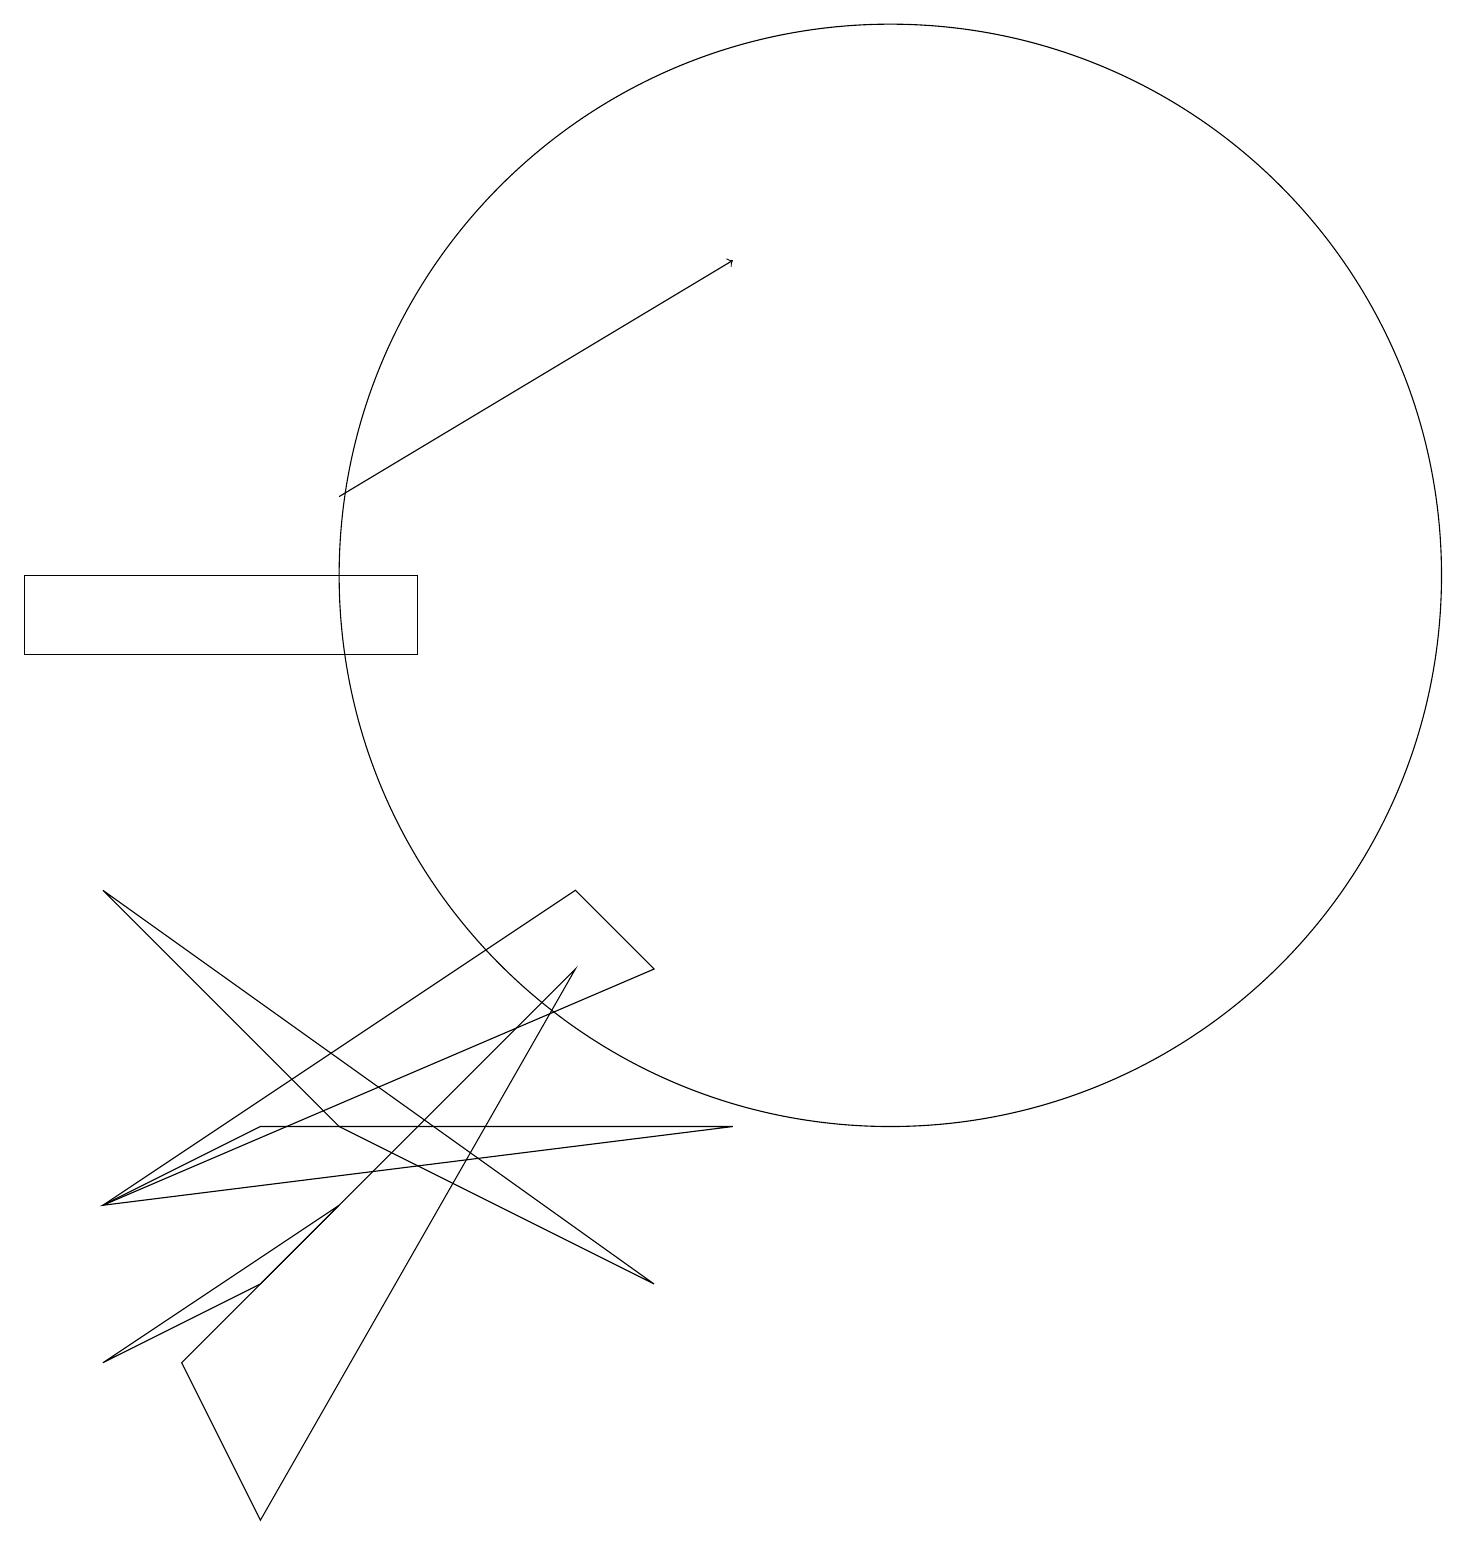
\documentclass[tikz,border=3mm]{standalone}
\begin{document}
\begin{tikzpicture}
\draw (0,11) rectangle (5,12);
\draw[->] (4,13) -- (9,16);
\draw (1,4) -- (9,5) -- (3,5) -- cycle;
\draw (3,3) -- (1,2) -- (4,4) -- cycle;
\draw (11,12) circle (7);
\draw (7,7) -- (3,0) -- (2,2) -- cycle;
\draw (8,3) -- (4,5) -- (1,8) -- cycle;
\draw (7,8) -- (1,4) -- (8,7) -- cycle;
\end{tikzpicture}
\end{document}